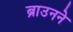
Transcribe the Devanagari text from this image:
ब्राउनने